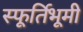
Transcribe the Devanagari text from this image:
स्फूर्तिभूमी